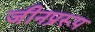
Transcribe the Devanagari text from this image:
जीनप्ररूप